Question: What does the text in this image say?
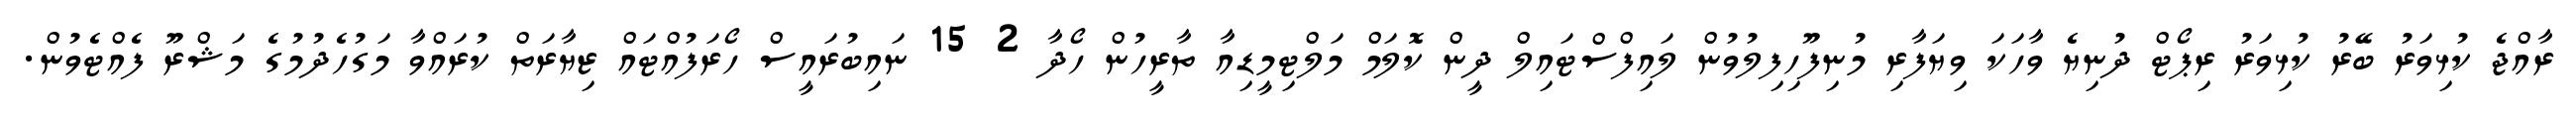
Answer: ރާއްޖެ ކުޅިވަރު ބޭރު ކުޅިވަރު ރިޕޯޓް ދުނިޔެ ވާހަކަ ވިޔަފާރި މުނިފޫހިފިލުވުން ލައިފްސްޓައިލް ދީން ކޮލަމް މަލްޓިމީޑިއާ ތާރީހުން ހޯދާ 2 15 ނައިބުރައީސް ހޯރަފުއްޓައް ޒިޔާރަތް ކުރައްވާ މަގުހެދުމުގެ މަޝްރޫ ފެއްޓެވުން.